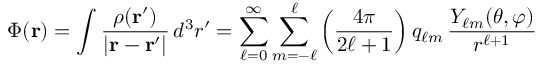
\Phi ( \mathbf { r } ) = \int { \frac { \rho ( \mathbf { r ^ { \prime } } ) } { | \mathbf { r } - \mathbf { r ^ { \prime } } | } } \, d ^ { 3 } r ^ { \prime } = \sum _ { \ell = 0 } ^ { \infty } \sum _ { m = - \ell } ^ { \ell } \left( { \frac { 4 \pi } { 2 \ell + 1 } } \right) q _ { \ell m } \, { \frac { Y _ { \ell m } ( \theta , \varphi ) } { r ^ { \ell + 1 } } }